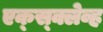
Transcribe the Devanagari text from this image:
एक्स्क्लेव्ह